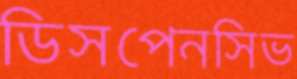
ডিসপেনসিভ